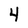
Character: 4